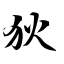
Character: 狄